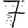
Digit: 7